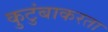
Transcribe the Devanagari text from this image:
कुटुंबाकरता